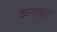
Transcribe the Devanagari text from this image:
कनवार